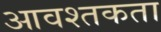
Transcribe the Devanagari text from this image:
आवश्तकता